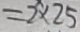
= 2 \times 2 5